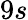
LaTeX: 9s